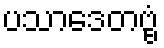
ပသာဒေတဗ္ဗံ